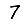
Digit: 7